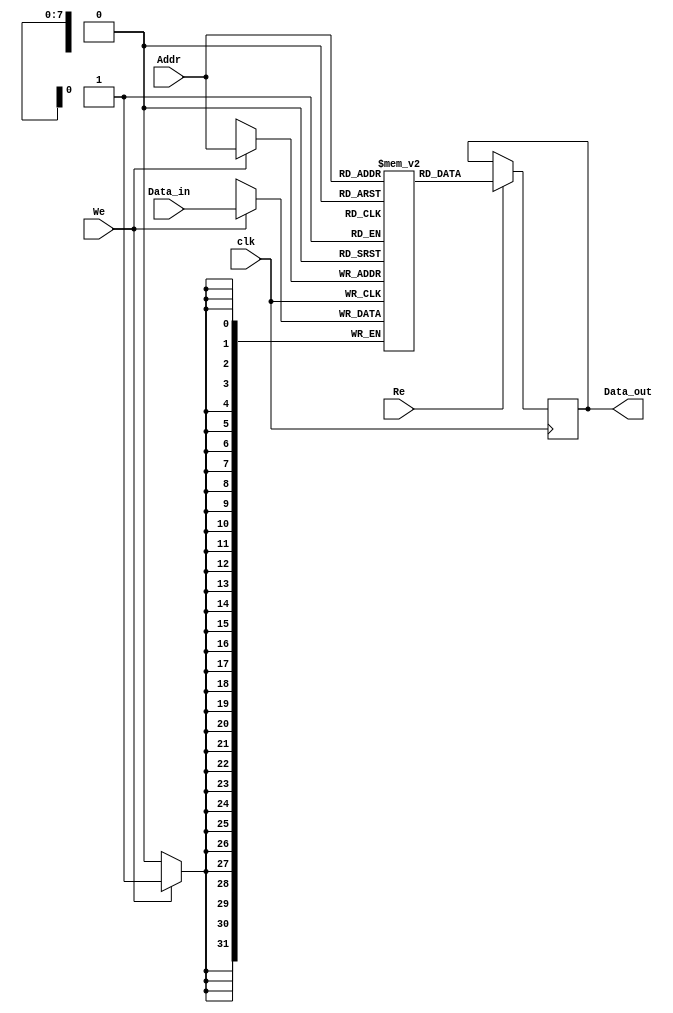
module InstructionScratchpadMemory #(
    parameter ADDR_WIDTH = 8, // Address width (2^ADDR_WIDTH words)
    parameter DATA_WIDTH = 32 // Data width (number of bits per instruction)
)(
    input wire clk,              // Clock signal
    input wire [ADDR_WIDTH-1:0] Addr,    // Address bus
    input wire [DATA_WIDTH-1:0] Data_in,  // Data input for writing
    input wire Re,               // Read enable signal
    input wire We,               // Write enable signal
    output reg [DATA_WIDTH-1:0] Data_out  // Data output for reading
);

    // Memory array declaration
    reg [DATA_WIDTH-1:0] memory_array [0:2**ADDR_WIDTH-1];

    // Read and Write operations
    always @(posedge clk) begin
        if (We) begin
            // Write operation
            memory_array[Addr] <= Data_in;
        end
        
        if (Re) begin
            // Read operation
            Data_out <= memory_array[Addr];
        end
    end

endmodule